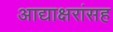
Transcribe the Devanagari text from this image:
आद्याक्षरांसह